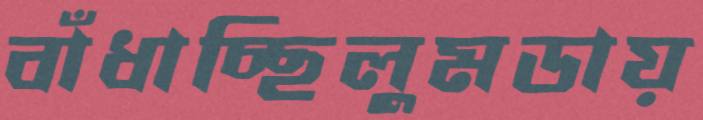
বাঁধাচ্ছিলুমডায়